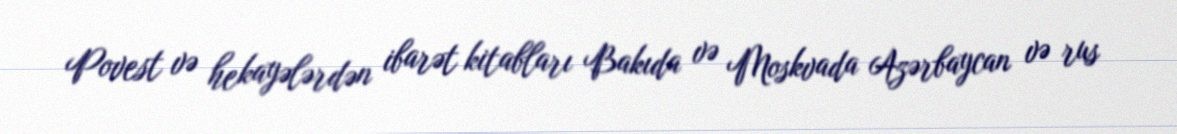
Povest və hekayələrdən ibarət kitabları Bakıda və Moskvada Azərbaycan və rus